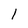
Character: 1